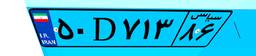
۷۳D۷۱۱۶۱